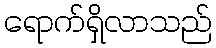
ရောက်ရှိလာသည်